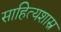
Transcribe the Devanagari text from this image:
साहित्यशास्र